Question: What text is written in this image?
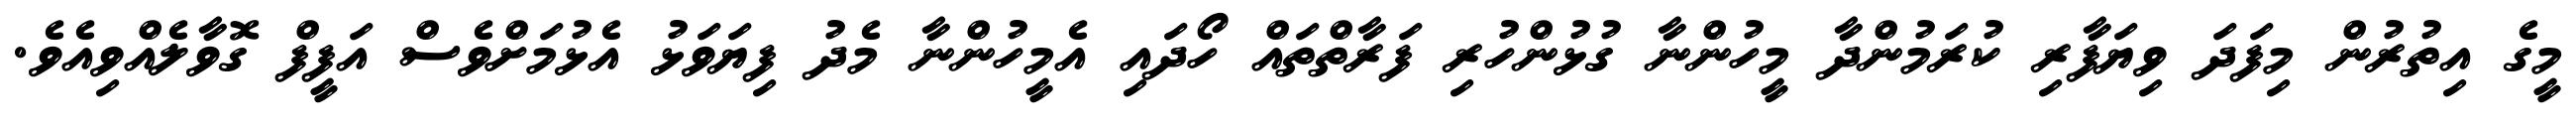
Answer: މީގެ އިތުރުން މިފަދަ ވިޔަފާރި ކުރަމުންދާ މީހުންނާ ގުޅުންހުރި ފަރާތްތައް ހޯދައި އެމީހުންނާ މެދު ފިޔަވަޅު އެޅުމަށްވެސް އަފީފް ގޮވާލެއްވިއެވެ.